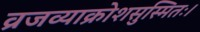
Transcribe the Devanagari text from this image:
व्रजव्याक्रोशसुस्मितः।